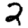
Digit: 2